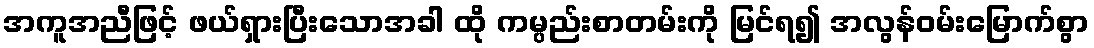
အကူအညီဖြင့် ဖယ်ရှားပြီးသောအခါ ထို ကမ္ပည်းစာတမ်းကို မြင်ရ၍ အလွန်ဝမ်းမြောက်စွာ